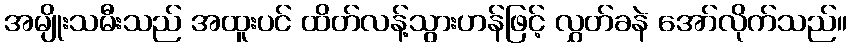
အမျိုးသမီးသည် အထူးပင် ထိတ်လန့်သွားဟန်ဖြင့် လွှတ်ခနဲ အော်လိုက်သည်။